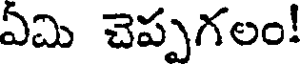
ఏమి చెప్పగలం!